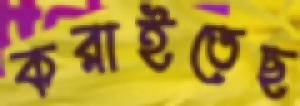
করাইতেছ